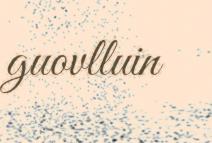
guovlluin